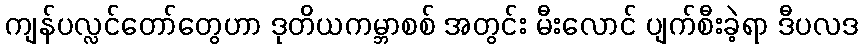
ကျန်ပလ္လင်တော်တွေဟာ ဒုတိယကမ္ဘာစစ် အတွင်း မီးလောင် ပျက်စီးခဲ့ရာ ဒီပလဒ